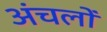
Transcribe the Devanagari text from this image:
अंचलोँ